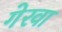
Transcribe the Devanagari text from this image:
गेरवा